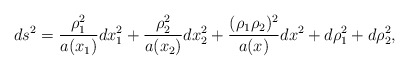
\begin{align*}ds^2 = \frac{\rho_1^2}{a(x_{1})} dx_1^2 +\frac{\rho_{2}^{2}}{a(x_{2} )} dx_{2}^{2} + \frac{(\rho_{1} \rho_{2})^{2}}{a(x)}dx^{2}+ d\rho_{1}^{2} + d\rho _{2}^{2},\end{align*}